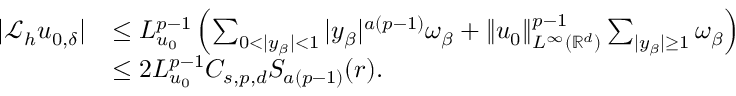
\begin{array} { r l } { | \mathcal { L } _ { h } u _ { 0 , \delta } | } & { \leq L _ { u _ { 0 } } ^ { p - 1 } \left( \sum _ { 0 < | y _ { \beta } | < 1 } | y _ { \beta } | ^ { a ( p - 1 ) } \omega _ { \beta } + \| u _ { 0 } \| _ { L ^ { \infty } ( \ensuremath { \mathbb { R } } ^ { d } ) } ^ { p - 1 } \sum _ { | y _ { \beta } | \geq 1 } \omega _ { \beta } \right) } \\ & { \leq 2 L _ { u _ { 0 } } ^ { p - 1 } C _ { s , p , d } S _ { a ( p - 1 ) } ( r ) . } \end{array}